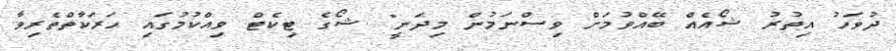
ދުވަހު އިތުރު ޝޯއެއް ބޭއްވުމަށް ވިސްނަމުން މިދަނީ" ޝޯގެ ޓިކެޓް ވިއްކުމުގައި ހަރަކާތްތެރިވާ